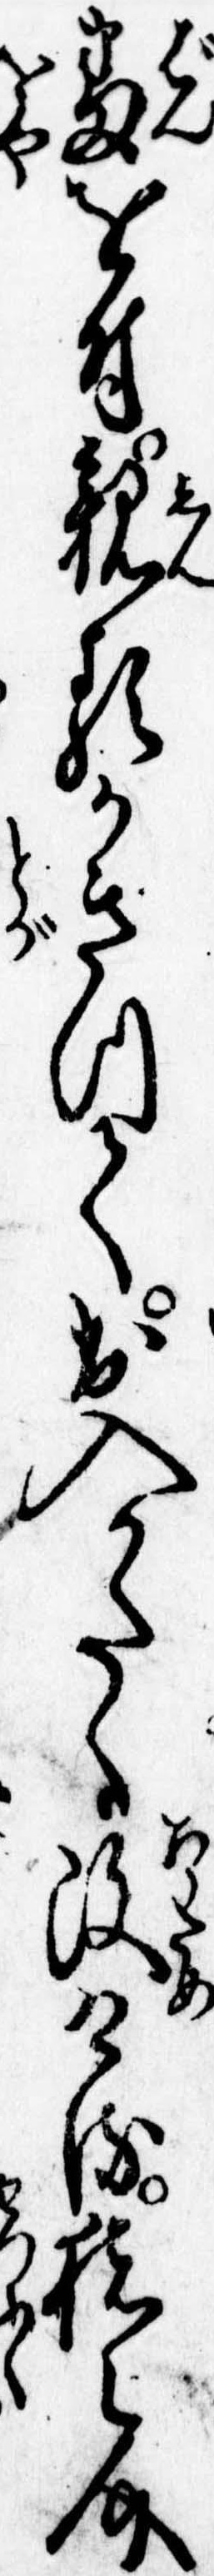
番を付親類かきつて出入かたく改ける猪之介